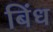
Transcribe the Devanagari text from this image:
बिंध